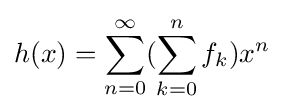
h(x)=\sum _{n=0}^{\infty }(\sum _{k=0}^{n}f_{k})x^{n}